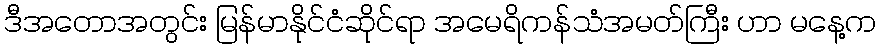
ဒီအတောအတွင်း မြန်မာနိုင်ငံဆိုင်ရာ အမေရိကန်သံအမတ်ကြီး ဟာ မနေ့က